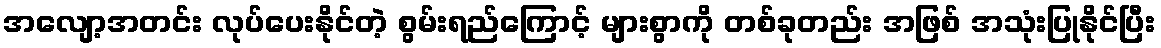
အလျော့အတင်း လုပ်ပေးနိုင်တဲ့ စွမ်းရည်ကြောင့် များစွာကို တစ်ခုတည်း အဖြစ် အသုံးပြုနိုင်ပြီး